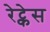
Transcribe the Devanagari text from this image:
रेट्केस